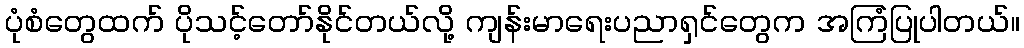
ပုံစံတွေထက် ပိုသင့်တော်နိုင်တယ်လို့ ကျန်းမာရေးပညာရှင်တွေက အကြံပြုပါတယ်။